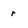
Character: r